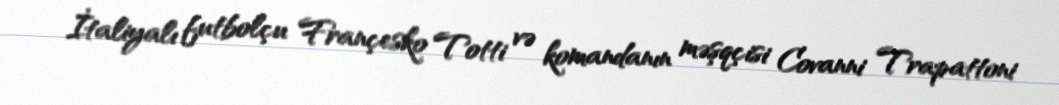
İtaliyalı futbolçu Françesko Totti və komandanın məşqçisi Covanni Trapattoni